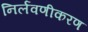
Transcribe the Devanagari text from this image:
निर्लवणीकरण